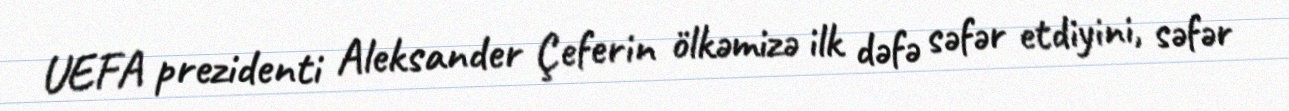
UEFA prezidenti Aleksander Çeferin ölkəmizə ilk dəfə səfər etdiyini, səfər